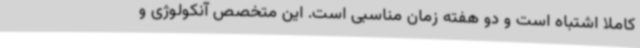
کاملا اشتباه است و دو هفته زمان مناسبی است. این متخصص آنکولوژی و